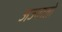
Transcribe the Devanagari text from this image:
जज्बातो